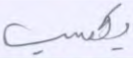
يكسب